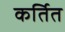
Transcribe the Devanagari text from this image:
कर्तित